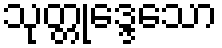
သုတ္တုဒ္ဒေသော